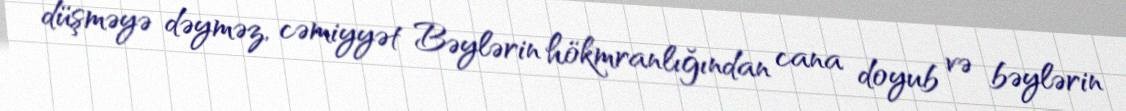
düşməyə dəyməz, cəmiyyət Bəylərin hökmranlığından cana doyub və bəylərin